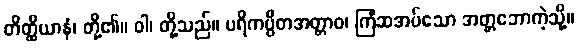
တိတ္ထိယာနံ၊ တို့၏။ ဝါ၊ တို့သည်။ ပရိကပ္ပိတအတ္တာဝ၊ ကြံဆအပ်သော အတ္တဘောကဲ့သို့။